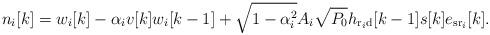
LaTeX: \begin{align*}n_i[k]=w_i[k]- \alpha_i v[k] w_i[k-1]+ \sqrt{1-\alpha_i^2}A_i\sqrt{P_0}h_{\mathrm{r}_i\mathrm{d}}[k-1]s[k]e_{\mathrm{sr}_i}[k].\end{align*}